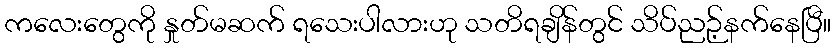
ကလေးတွေကို နှုတ်မဆက် ရသေးပါလားဟု သတိရချိန်တွင် သိပ်ညဉ့်နက်နေပြီ။